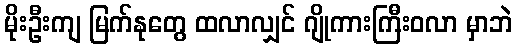
မိုးဦးကျ မြက်နုတွေ ထလာလျှင် ဂျိုကားကြီးဝလာ မှာဘဲ